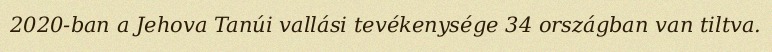
2020-ban a Jehova Tanúi vallási tevékenysége 34 országban van tiltva.